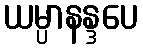
ယမ္ပာနန္ဒပေ